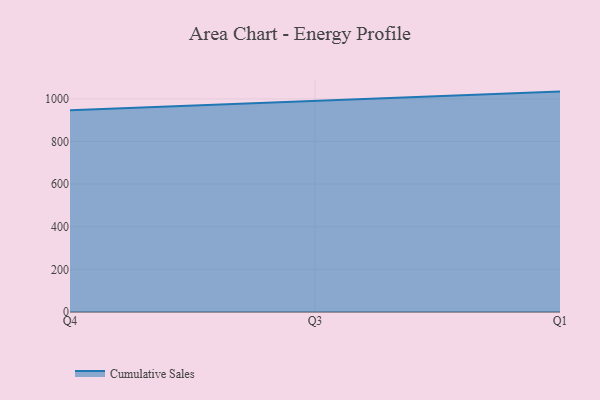
{"axis": {"x": "Quarter", "y": "Temperature (°C)"}, "legend": ["Cumulative Sales"], "data": [{"x": "Q4", "y": 946.3, "type": "Cumulative Sales"}, {"x": "Q3", "y": 991.2, "type": "Cumulative Sales"}, {"x": "Q1", "y": 1034.1, "type": "Cumulative Sales"}]}